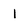
Character: 1